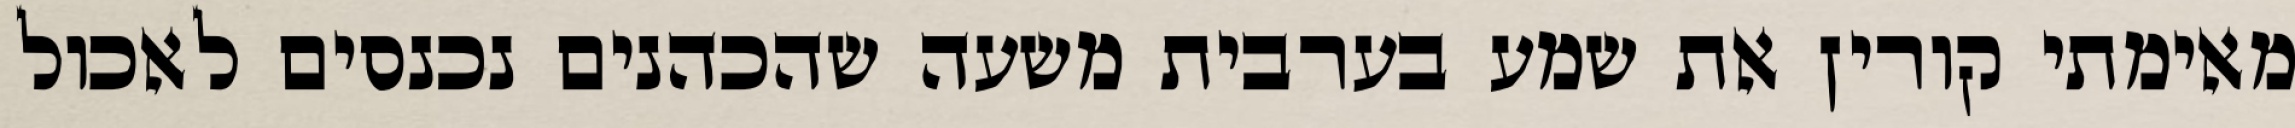
מאימתי קורין את שמע בערבית משעה שהכהנים נכנסים לאכול